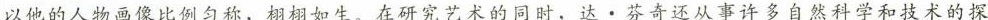
以他的人物画像比例匀称，栩栩如生。在研究艺术的同时，达·芬奇还从事许多自然科学和技术的探